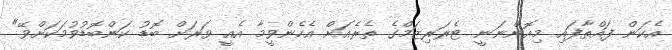
އެކަން ފައްތާފައި މިއޮންނަނީ ޓެރަރިޒަމްގެ ތެރެއަށް އެހެންވީމާ އެއީ ވަރަށް ބޮޑު ކަންބޮޑުވުމަކަށްވޭ"